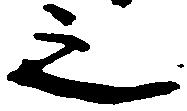
之